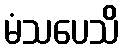
မံသပေသိ